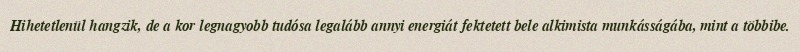
Hihetetlenül hangzik, de a kor legnagyobb tudósa legalább annyi energiát fektetett bele alkimista munkásságába, mint a többibe.